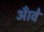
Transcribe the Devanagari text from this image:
आँवे